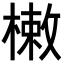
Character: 𣙙